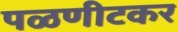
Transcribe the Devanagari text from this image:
पळणीटकर